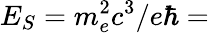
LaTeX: E_{S}=m_{e}^{2}c^{3}/e\hbar=